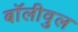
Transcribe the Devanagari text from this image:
बॉलीवुल